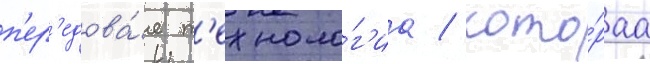
п'ер'едова́я т'ехноло́г'иа / кото́раа